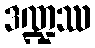
ဒဏ္ဍဿ